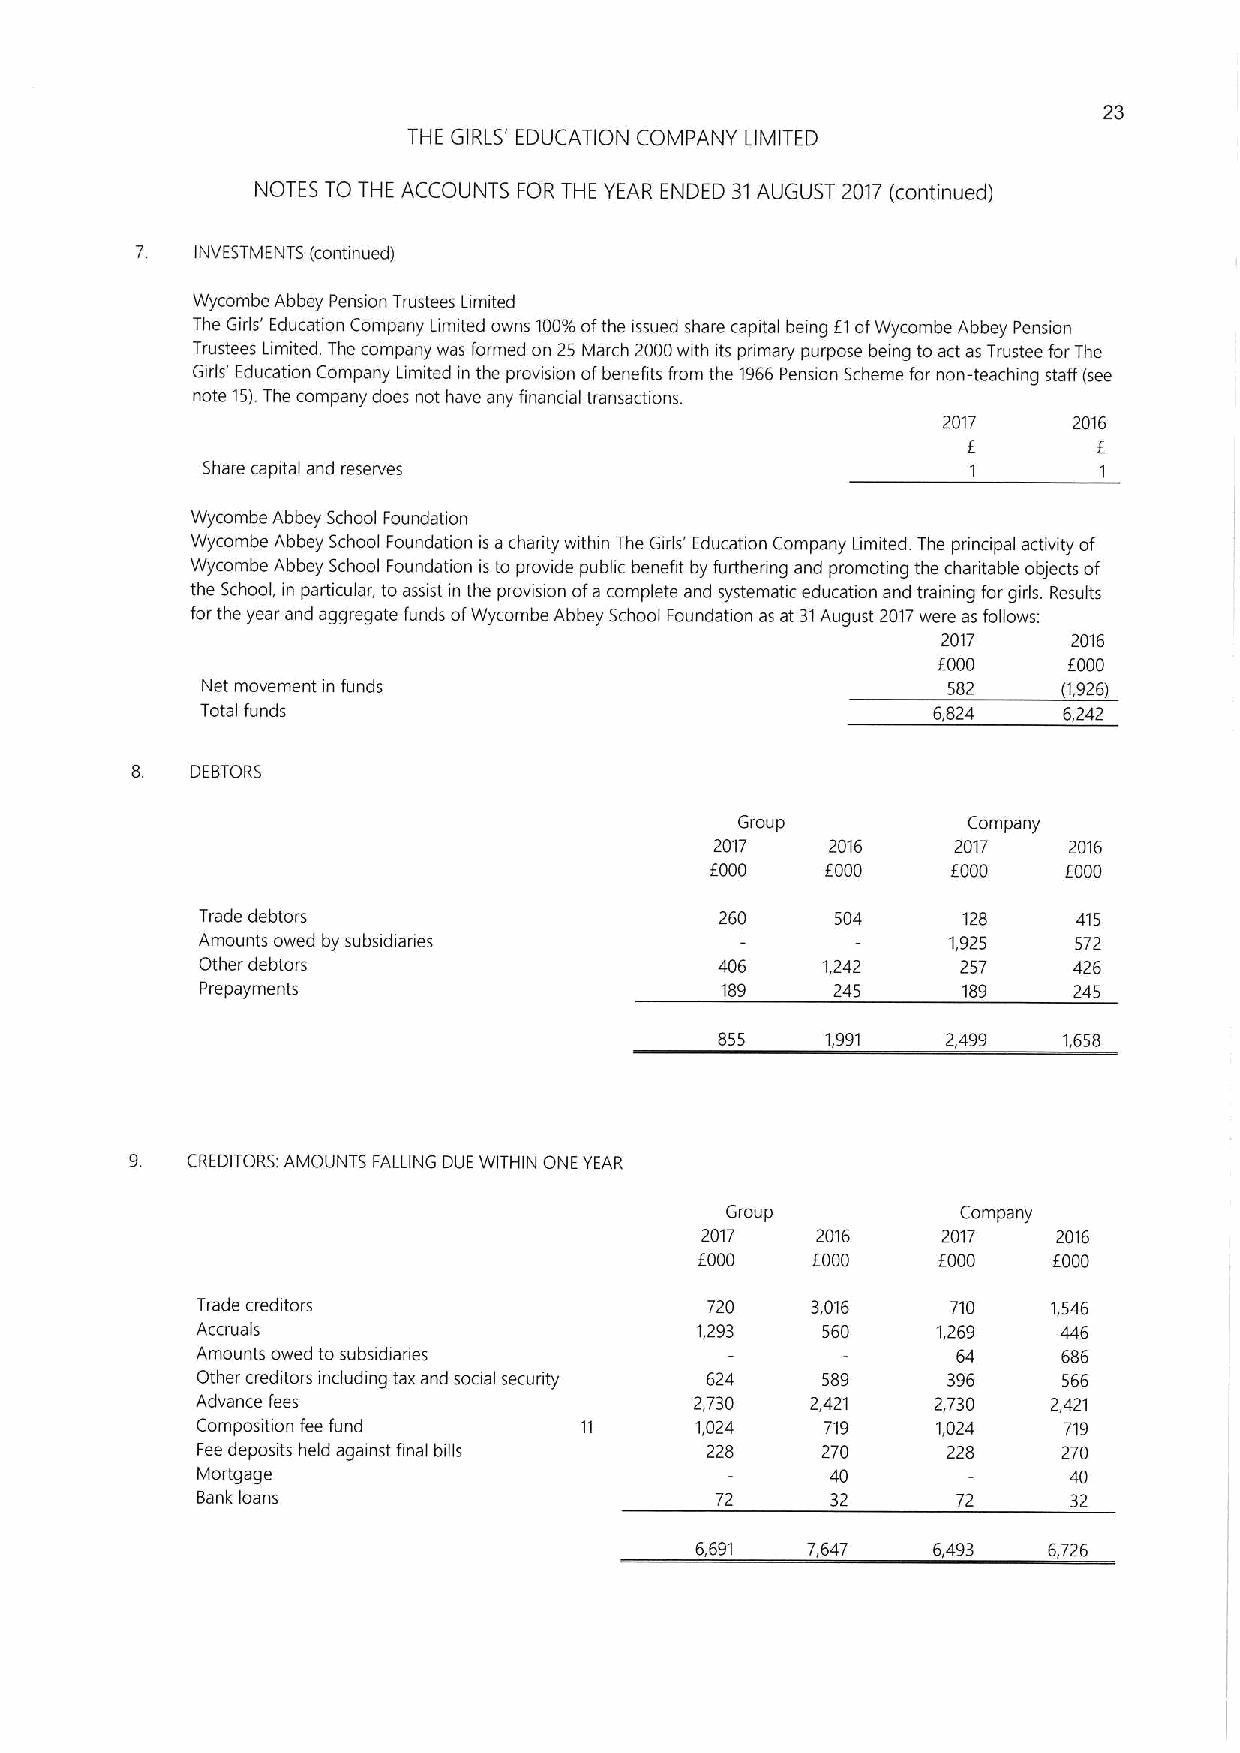
23
 THE GIRLS' EDUCATION COMPANY LIMITED
 NOTES TO THE ACCOUNTS FOR THE YEAR ENDED 31AUGUST 2017(continued)
 7   INVESTMENTS (continued)
 Wycombe Abbey Pension Trustees Limited
 The Girls' Education Company Limited owns 100'/o ofthe issued share capital being f1ofWycombe Abbey Pension
 Trustees Limited The company was formed on 25 March 2000with its pnmary purpose being to act asTrustee forThe
 Girls' Education Company Limited in the provision ofbenefits from the '1966 Pension Scheme for non-teaching staff (see
 note 15).The company does not have any financial transactions.
 2017     2016
 f
 Share capital and reserves                         1        1
 Wycombe Abbey School Foundation
 Wycombe Abbey School Foundation is achanty within The Girls' Education Company Limited. The principal activity of
 Wycombe Abbey School Foundation isto provide public benefit by furthering and promoting the charitable objects of
 the School, in particular, to assist in the provision ofa complete and systematic education and training for girls. Results
 for the year and aggregate funds ofWycombe Abbey School Foundation as at 31August 2017were as follows:
 2017     2016
 f000     f000
 Net movement in funds                             582    (1,926)
 Total funds                                      6,824   6,242
 8   DEBTORS
 Group          Company
 2017    2016    2017    2016
 f000    f000    f000    f000
 Trade debtors                      260    504      128    415
 Amounts owed by subsidianes                       1,925   572
 Other debtors                      406   1,242     257    426
 Prepayments                        189    245      189    245
 855    1,991   2,499  1,658
 9. CREDITORS: AMOUNTS FALLING DUE WITHIN ONE YEAR
 Group           Company
 2017    2016    2017    2016
 EOOD    f000    f000    f000
 Trade creditors                   720    3,016    710    1,546
 Accruals                         1,293   560     1,269   446
 Amounts owed to subsidiaries                      64     686
 Other creditors including tax and social secunty 624 589 396 566
 Advance fees                     2,730   2,421   2,730   2,421
 Composition fee fund             1,024    719    1,024   719
 Fee deposits held against final bills 228 270     228    270
 Mortgage                                  40              40
 Bank loans                        72      32      72      32
 6,691  7,647    6,493  6,726